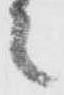
之